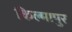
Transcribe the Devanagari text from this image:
किल्मापुर